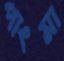
পাংমা